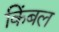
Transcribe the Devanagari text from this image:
किंबल